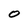
Character: o